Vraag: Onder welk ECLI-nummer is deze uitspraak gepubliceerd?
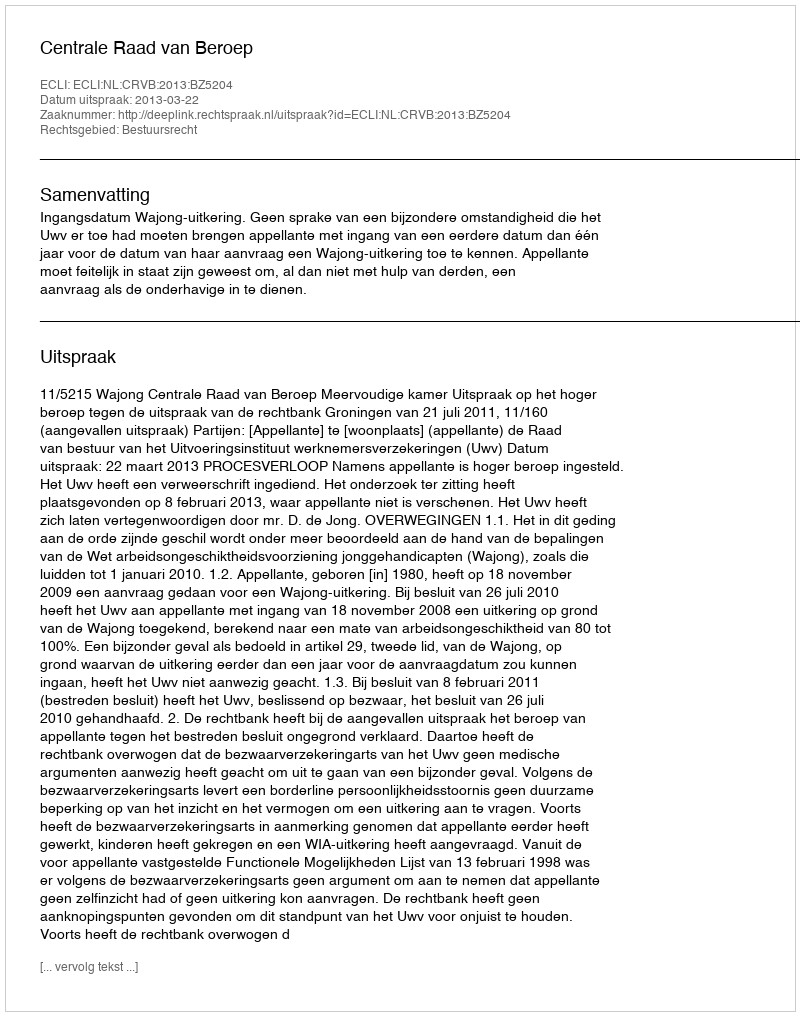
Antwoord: ECLI:NL:CRVB:2013:BZ5204